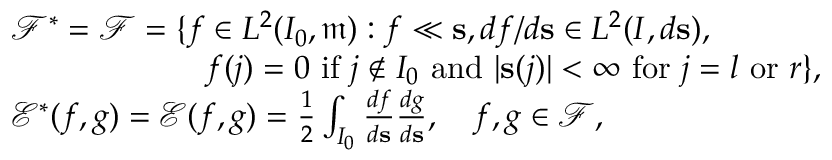
\begin{array} { r l } & { { \mathscr F } ^ { * } = { \mathscr F } = \{ f \in L ^ { 2 } ( I _ { 0 } , \mathfrak { m } ) : f \ll \mathbf { s } , d f / d \mathbf { s } \in L ^ { 2 } ( I , d \mathbf { s } ) , } \\ & { \qquad \qquad \qquad f ( j ) = 0 \mathrm { ~ i f ~ } j \notin I _ { 0 } \mathrm { ~ a n d ~ } | \mathbf { s } ( j ) | < \infty \mathrm { ~ f o r ~ } j = l \mathrm { ~ o r ~ } r \} , } \\ & { { \mathscr E } ^ { * } ( f , g ) = { \mathscr E } ( f , g ) = \frac { 1 } { 2 } \int _ { I _ { 0 } } \frac { d f } { d \mathbf { s } } \frac { d g } { d \mathbf { s } } , \quad f , g \in { \mathscr F } , } \end{array}